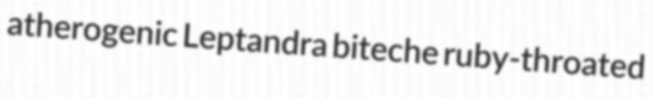
atherogenic Leptandra biteche ruby-throated